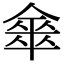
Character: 𠎃